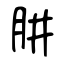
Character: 肼